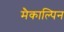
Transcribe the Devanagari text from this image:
मैकाल्पिन